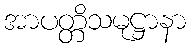
အာပတ္တိသမုဋ္ဌာနာ